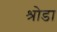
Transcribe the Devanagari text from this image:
श्रोडा